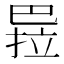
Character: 𭘏